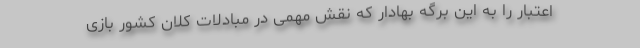
اعتبار را به این برگه بهادار که نقش مهمی در مبادلات کلان کشور بازی